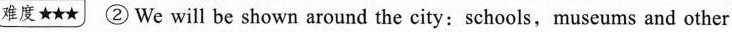
难度 ② We will be shown around the city: schools,museums and other